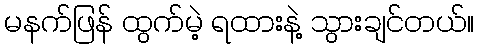
မနက်ဖြန် ထွက်မဲ့ ရထားနဲ့ သွားချင်တယ်။